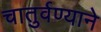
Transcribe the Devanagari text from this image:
चातुर्वण्याने